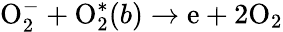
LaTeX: \mathrm O_{2}^{-}+\mathrm O_{2}^{*}(b)\to\mathrm e+2\mathrm O_{2}